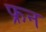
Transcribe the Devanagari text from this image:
फ्रन